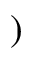
)